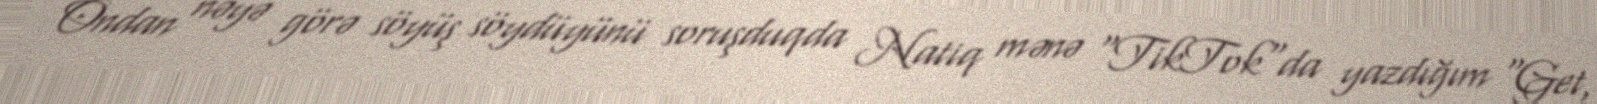
Ondan nəyə görə söyüş söydüyünü soruşduqda Natiq mənə "TikTok"da yazdığım "Get,